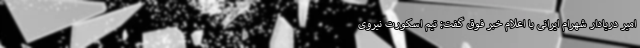
امیر دریادار شهرام ایرانی با اعلام خبر فوق گفت: تیم اسکورت نیروی